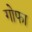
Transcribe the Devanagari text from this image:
गोफा